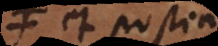
A et postea